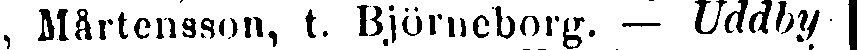
, Mårtensson, t. Björneborg. — Uddby